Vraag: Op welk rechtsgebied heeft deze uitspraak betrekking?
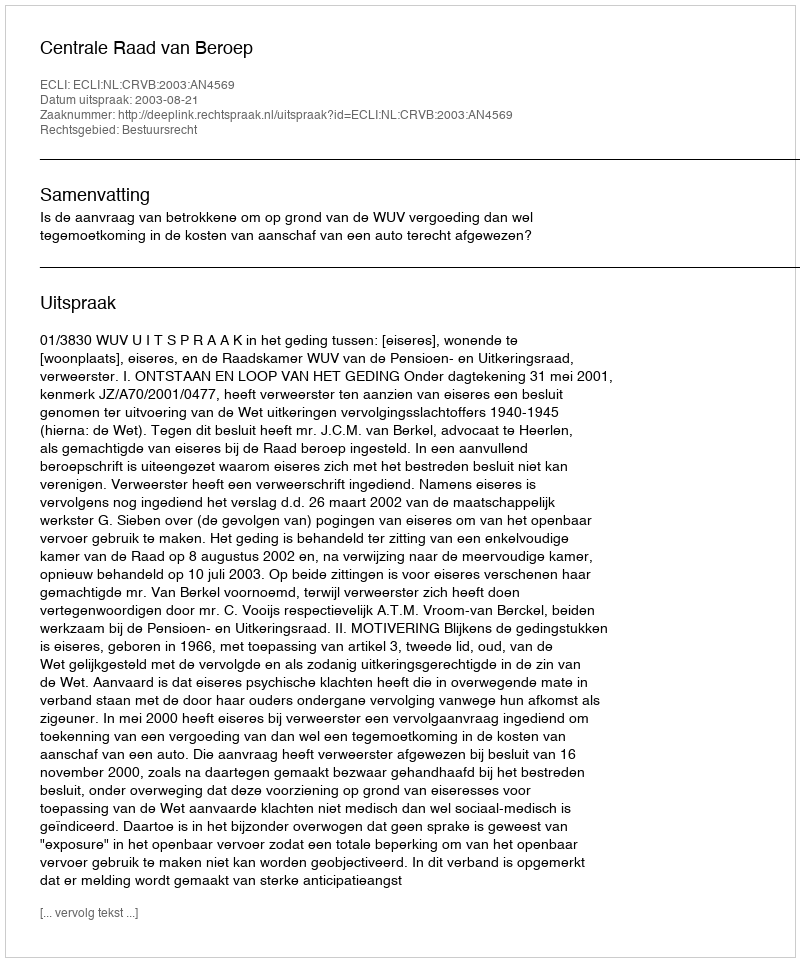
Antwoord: Bestuursrecht